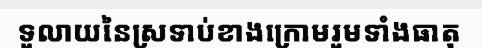
ទូលាយនៃស្រទាប់ខាងក្រោមរួមទាំងធាតុ